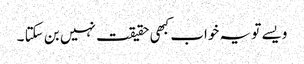
ویسے تو یہ خواب کبھی حقیقت نہیں بن سکتا ۔